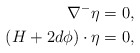
\begin{align*} \nabla^- \eta &= 0,\\ (H + 2 d\phi) \cdot \eta & = 0, \end{align*}